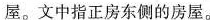
屋。文中指正房东侧的房屋。